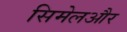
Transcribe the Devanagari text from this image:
सिमेलऔर